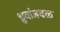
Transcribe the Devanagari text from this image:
ध्रुवांजवळ